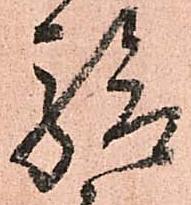
驗